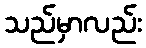
သည်မှာလည်း